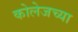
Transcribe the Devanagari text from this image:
कोलेजच्या